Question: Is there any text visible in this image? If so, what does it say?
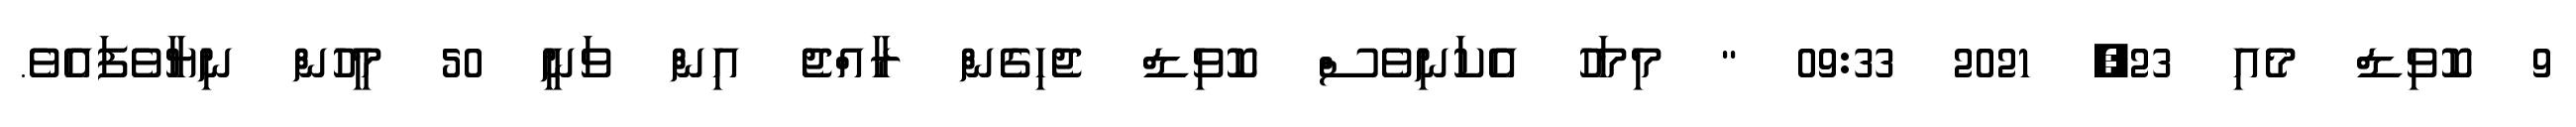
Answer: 9 ކޮވިޑް މެއި 23, 2021 09:33 " މިމަހު އެކަނިވެސް ކޮވިޑް ޖެހިގެން ރާއްޖެ އިން ވަނީ 50 މީހުން ނިޔާވެފައެވެ.